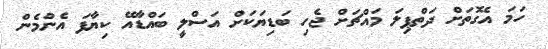
ހަމަ އެގޮތަށް ދަތްޕިލަ މައްޗަށް ޖެހި ބަޑިޔަކަށް އަސްލީ ބައްޑާއޭ ކިޔާފަ އެންމެން